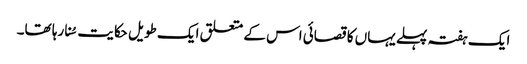
ایک ہفتہ پہلے یہاں کا قصائی اس کے متعلق ایک طویل حکایت سُنا رہا تھا۔